Bombay plague: being a history of the progress of plague in the Bombay presidency from September 1896 to June 1899
Year: 1896
Disease focus: Plague
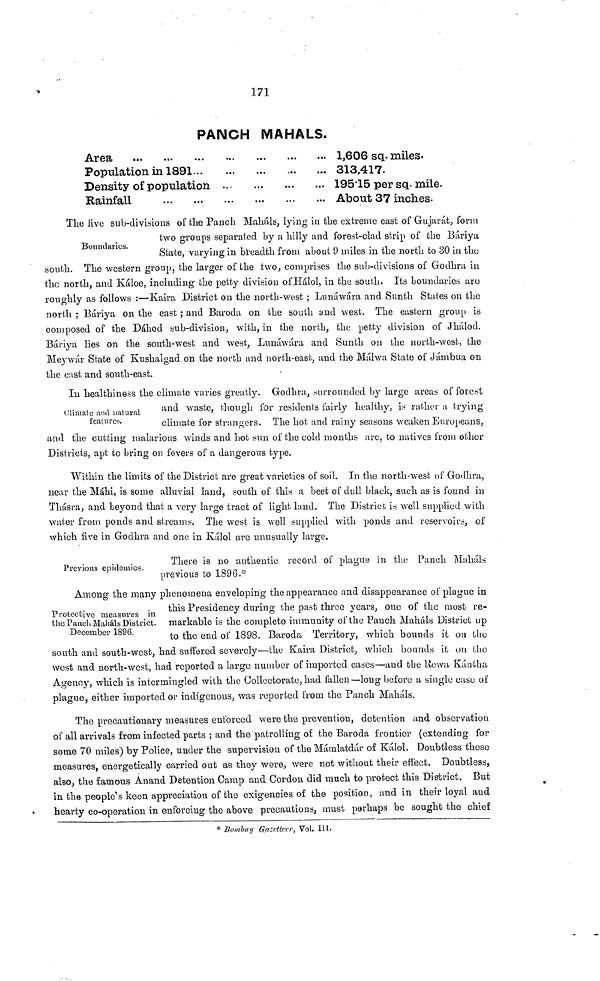
171
PANCH MAHALS.
Area...
Population in 1891...
Density of population
Rainfall
1,606 sq. miles.
313,417.
19515 per sq. mile.
About 37 inches.
Boundaries.
The live sub-divisions of the Panoli Mahals, lying in the extreme east of Gujarat, form
two groups separated by a hilly and forest-clad strip of the Báriya
State, varying in breadth from about 9 miles in the north to 30 in the
south. The western group, the larger of the two, comprises the sub-divisions of Godhra in
the north, and Káloe, including the petty division of Hâlol, in the south. Its boundaries are
roughly as follows :—Kaira District on the north-west ; Ltmáwára and Sunth States on the
north ; Báriya on the east ; and Baroda on the south and west. The eastern group is
composed of the Dáhod sub-division, with, in the north, the petty division of Jhálod.
Báriya lies on the south-west and west, Lunáwára and Sunth on the north-west, the
Meywár State of Kushalgad on the north and north-east, and the Málwa State of Jambua on
the cast and south-east.
Climate and natural
features
In healthiness the climate varies greatly. Godhra, surrounded by large areas of forest
and waste, though for residents fairly healthy, is rather a trying
climate for strangers. The hot and rainy seasons weaken Europeans,
and the cutting malarious winds and hot sun of the cold months are, to natives from other
Districts, apt to bring on fevers of a dangerous type.
Within the limits of the District are great varieties of soil. In the north-wesè of Godhra,
near the Máhi, is some alluvial land, south of this a beet of dull black, such as is found in
Thásra, and beyond that a very large tract of light land. The District is well supplied with
water from ponds and streams. The west is well supplied with ponds and reservoirs, oí
which five in Godhra and one in Kálol are unusually large.
Previous epidemics.
There is no authentic record of plague in the Panch Mahals
previous to 1896.*
Protective measures in
the Panch Mahals District.
December 1896.
Among the many phenomena enveloping the appearance and disappearance of plague in
this Presidency during the past three years, one of the most re-
markable is the complete immunity of the Panch Mahals District up
to the end of 1898. Baroda Territory, which bounds it on the
south and south-west, had suffered severely—the Kaira District, which bounds it on the
west and north-west, had reported a largo number of imported cases—and the Rewa Kántha
Agency, which is intermingled with the Collectorate, had fallen—long before a single case of
plague, either imported or indigenous, was reported from the Panch Mahals.
The precautionary measures enforced were the prevention, detention and observation
of all arrivals from infected parts ; and the patrolling of the Baroda frontier (extending for
some 70 miles) by Police, under the supervision of the Mámlatdár of Kálol. Doubtless these
measures, energetically carried out as they were, were not without their effect. Doubtless,
also, the famous Anand Detention Camp and Cordon did much to protect this District. But
in the people's keen appreciation of the exigencies of the position, and in their loyal and
hearty co-operation in enforcing the above precautions, must perhaps be sought the chief
* Bombay Gazettr, Vol. III.